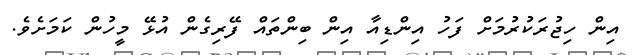
އިން ހިޖުރަކުރުމަށް ފަހު އިންޑިއާ އިން ބިންތައް ފޭރިގެން އުޅޭ މީހުން ކަމަށެވެ.